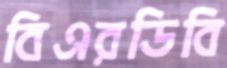
বিএরডিবি